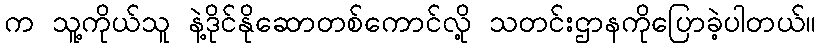
က သူ့ကိုယ်သူ နဲ့ဒိုင်နိုဆောတစ်ကောင်လို့ သတင်းဌာနကိုပြောခဲ့ပါတယ်။